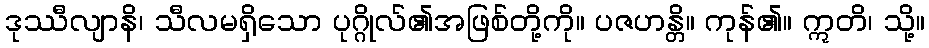
ဒုဿီလျာနိ၊ သီလမရှိသော ပုဂ္ဂိုလ်၏အဖြစ်တို့ကို။ ပဇဟန္တိ။ ကုန်၏။ ဣတိ၊ သို့။